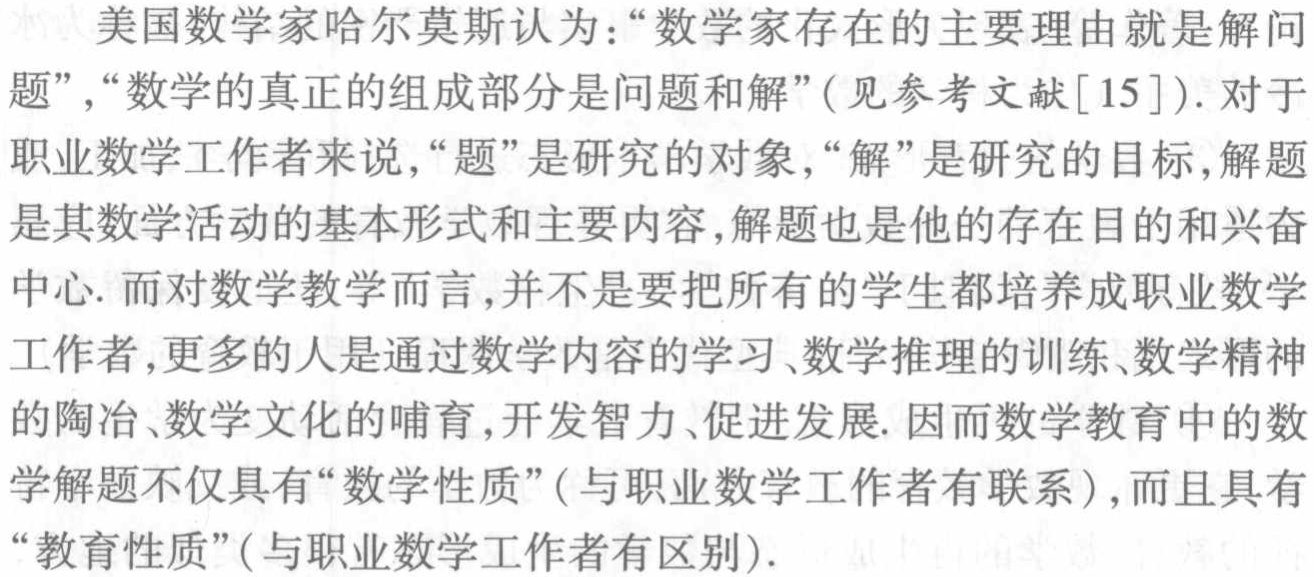
\[\begin{align*}

\therefore \text{原式}&=\int\frac{dt}{1 + t + t^{2}}=\int\frac{dt}{(t+\frac{1}{2})^{2}+(\frac{\sqrt{3}}{2})^{2}}\\

&=\int\frac{dt}{(\frac{\sqrt{3}}{2})^{2}[1 + (\frac{t+\frac{1}{2}}{\frac{\sqrt{3}}{2}})^{2}]}\\

&=\frac{2}{\sqrt{3}}\int\frac{d[\frac{2}{\sqrt{3}}(t+\frac{1}{2})]}{1 + [\frac{2(t+\frac{1}{2})}{\sqrt{3}}]^{2}}\\

&=\frac{2}{\sqrt{3}}\arctan\frac{2t + 1}{\sqrt{3}}+C\\

&=\frac{2}{\sqrt{3}}\arctan\frac{2\tan\frac{x}{2}+1}{\sqrt{3}}+C;

\end{align*}\]